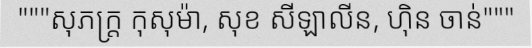
"""សុភក្ត្រ កុសុម៉ា, សុខ សីឡាលីន, ហ៊ិន ចាន់"""